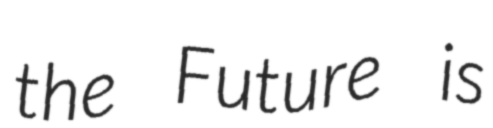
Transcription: the Future is